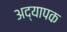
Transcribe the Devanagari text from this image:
अद्यापक